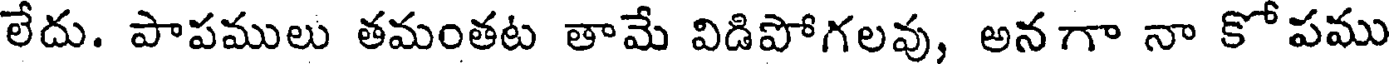
లేదు. పాపములు తమంతట తామే విడిపోగలవు, అనగా నా కోపము